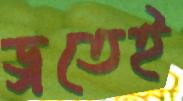
ড্রতেই